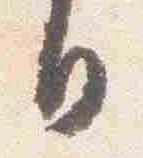
日